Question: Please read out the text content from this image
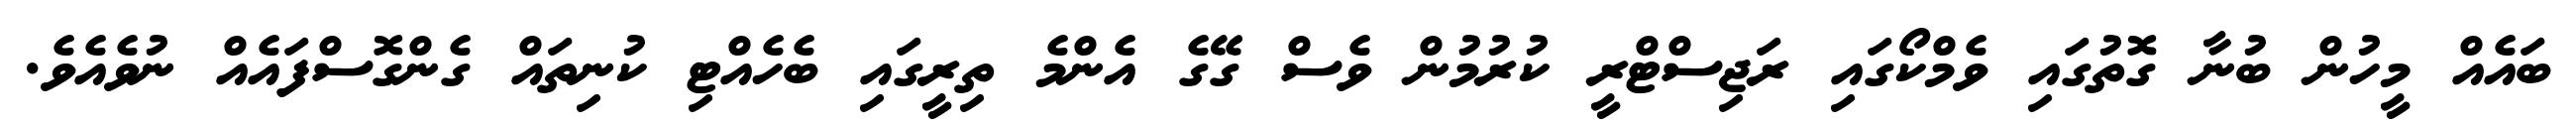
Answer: ބައެއް މީހުން ބުނާ ގޮތުގައި ވެމްކޯގައި ރަޖިސްޓްރީ ކުރުމުން ވެސް ގޭގެ އެންމެ ތިރީގައި ބެހެއްޓި ކުނިތައް ގެންގޮސްފައެއް ނުވެއެވެ.